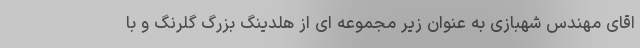
اقای مهندس شهبازی به عنوان زیر مجموعه ای از هلدینگ بزرگ گلرنگ و با